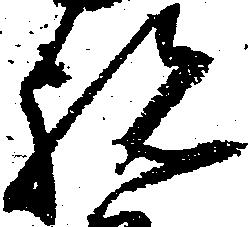
祝